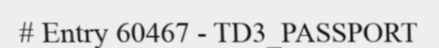
# Entry 60467 - TD3_PASSPORT